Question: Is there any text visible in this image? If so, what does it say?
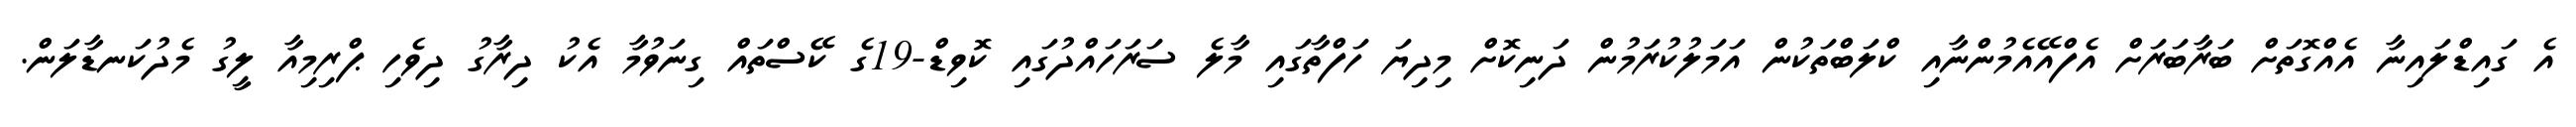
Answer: އެ ގައިޑްލައިނާ އެއްގޮތަށް ބަރާބަރަށް އެފްއޭއެމުންނާއި ކްލަބްތަކުން އަމަލުކުރަމުން ދަނިކޮށް މިދިޔަ ހަފްތާގައި މާލެ ސަރަހައްދުގައި ކޮވިޑް-19ގެ ކޭސްތައް ގިނަވުމާ އެކު ދިރާގު ދިވެހި ޕްރިމިއާ ލީގު މެދުކަނޑާލަން.